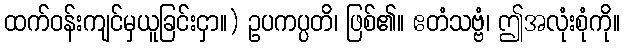
ထက်ဝန်းကျင်မှယူခြင်းငှာ။) ဥပကပ္ပတိ၊ ဖြစ်၏။ ဧတံသဗ္ဗံ၊ ဤအလုံးစုံကို။